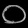
Digit: ၀